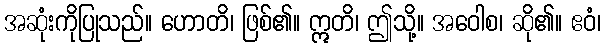
အဆုံးကိုပြုသည်။ ဟောတိ၊ ဖြစ်၏။ ဣတိ၊ ဤသို့။ အဝေါစ၊ ဆို၏။ ဧဝံ၊